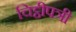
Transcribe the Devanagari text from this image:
चिट्ठीपत्री